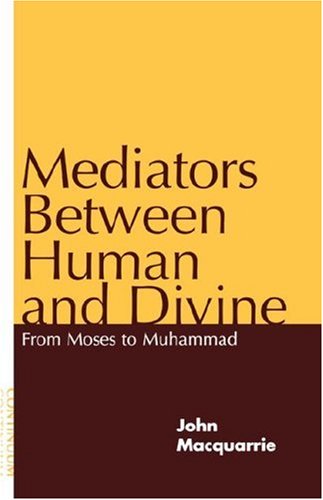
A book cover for Mediators Between Human and Divine: From Moses to Muhammad; John Macquarrie; Christian Books & Bibles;